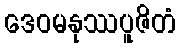
ဒေဝမနုဿပူဇိတံ